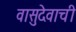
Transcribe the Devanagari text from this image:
वासुदेवाची